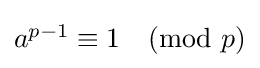
{\textstyle a^{p-1}\equiv 1{\pmod {p}}}